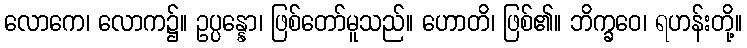
လောကေ၊ လောက၌။ ဥပ္ပန္နော၊ ဖြစ်တော်မူသည်။ ဟောတိ၊ ဖြစ်၏။ ဘိက္ခဝေ၊ ရဟန်းတို့။